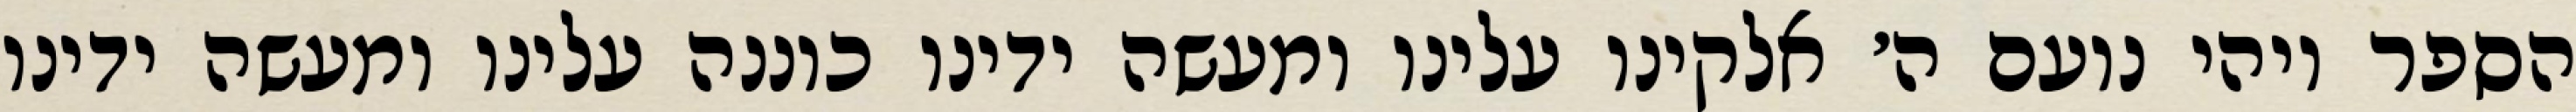
הספר ויהי נועם ה׳ אלקינו עלינו ומעשה ידינו כוננה עלינו ומעשה ידינו